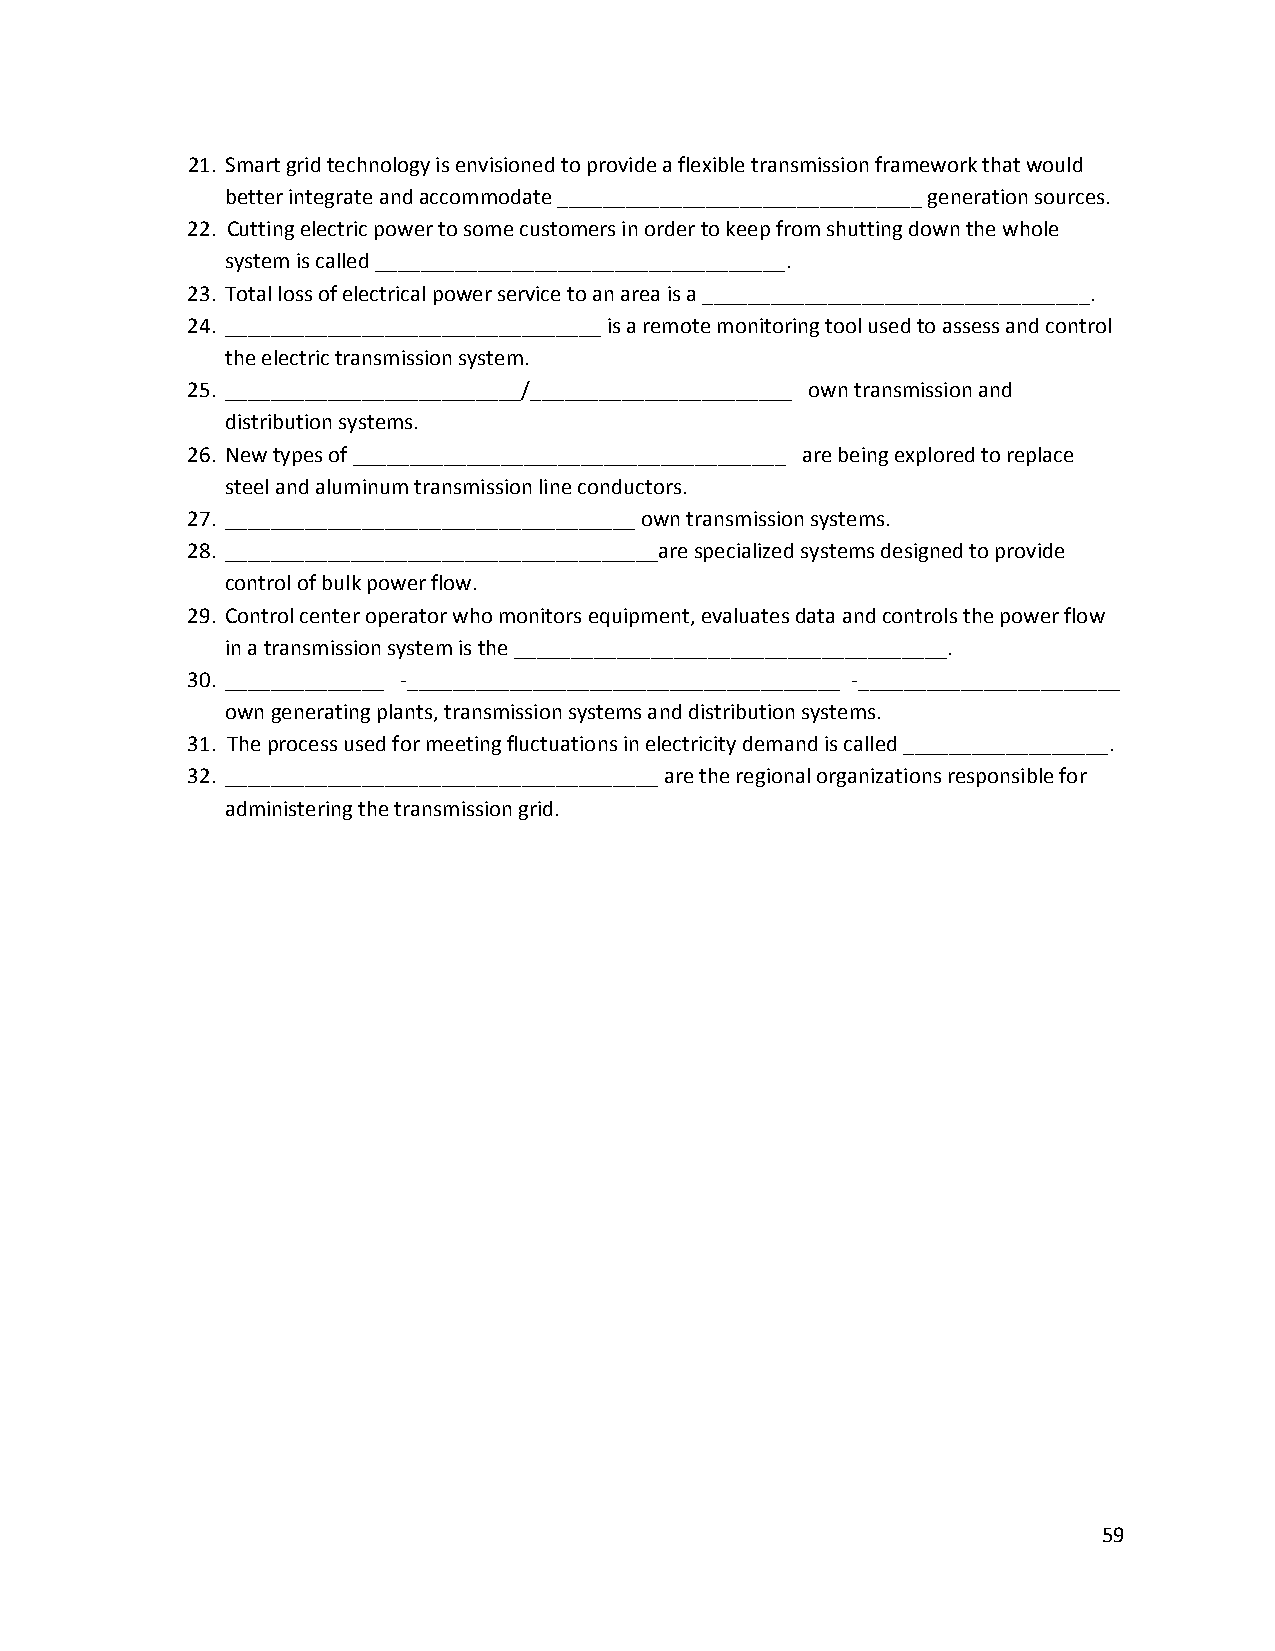
21. Smart grid technology is envisioned to provide a flexible transmission framework that would
 better integrate and accommodate ________________________________ generation sources.
 22. Cutting electric power to some customers in order to keep from shutting down the whole
 system is called ____________________________________.
 23. Total loss of electrical power service to an area is a __________________________________.
 24. _________________________________ is a remote monitoring tool used to assess and control
 the electric transmission system.
 25. __________________________/_______________________ own transmission and
 distribution systems.
 26. New types of ______________________________________ are being explored to replace
 steel and aluminum transmission line conductors.
 27. ____________________________________ own transmission systems.
 28. ______________________________________are specialized systems designed to provide
 control of bulk power flow.
 29. Control center operator who monitors equipment, evaluates data and controls the power flow
 in a transmission system is the ______________________________________.
 30. ______________ ‐______________________________________ ‐_______________________
 own generating plants, transmission systems and distribution systems.
 31. The process used for meeting fluctuations in electricity demand is called __________________.
 32. ______________________________________ are the regional organizations responsible for
 administering the transmission grid.
 59